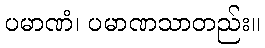
ပမာဏံ၊ ပမာဏသာတည်း။